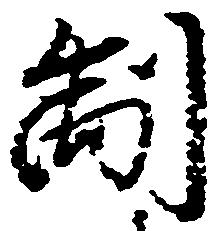
制